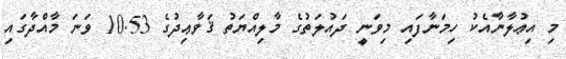
މި އިޢުލާނާއެކު ހިމަނާފައި މިވަނީ ދައުލަތުގެ މާލިއްޔަތު ޤަވާޢިދުގެ 10.53 ވަނަ މާއްދާގައި